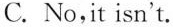
C. No,it isn't.